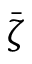
\bar { \zeta }